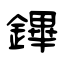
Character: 鏎